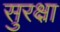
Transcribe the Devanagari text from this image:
सुरक्ष्रा